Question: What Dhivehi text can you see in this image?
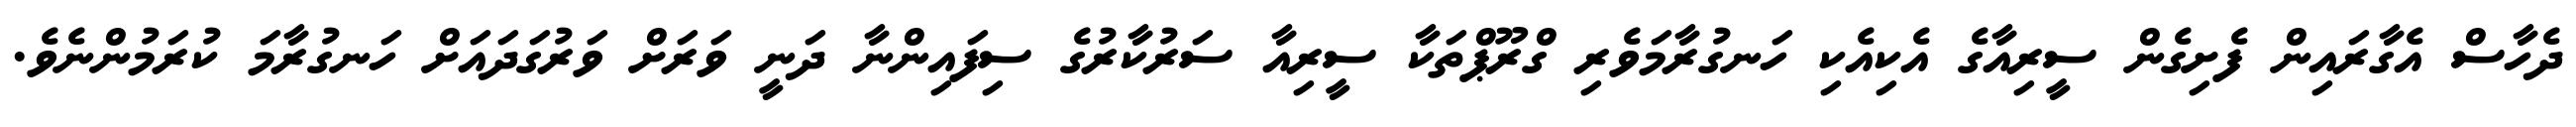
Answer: ދެހާސް އެގާރައިން ފެށިގެން ސީރިއާގެ އެކިއެކި ހަނގުރާމަވެރި ގްރޫޕްތަކާ ސީރިއާ ސަރުކާރުގެ ސިފައިންނާ ދަނީ ވަރަށް ވަރުގަދައަށް ހަނގުރާމަ ކުރަމުންނެވެ.